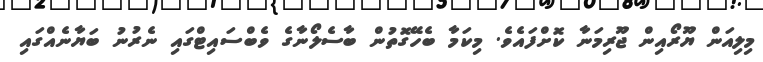
މިލިއަން ޔޫރޯއިން ޖޫރިމަނާ ކޮށްފައެވެ. މިކަމާ ބެހޭގޮތުން ބާސެލޯނާގެ ވެބްސައިޓްގައި ނެރުނު ބަޔާނެއްގައި